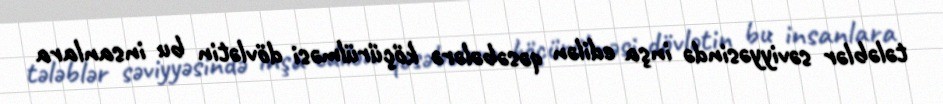
tələblər səviyyəsində inşa edilən qəsəbələrə köçürülməsi dövlətin bu insanlara